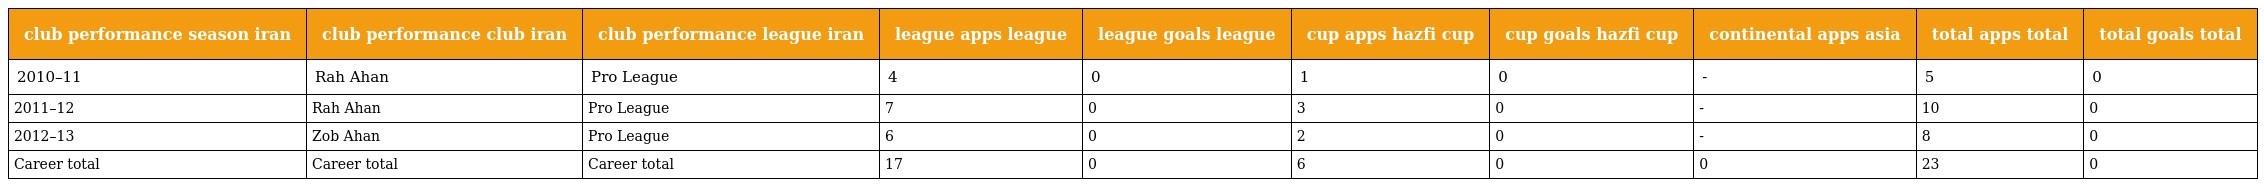
| club performance season iran | club performance club iran | club performance league iran | league apps league | league goals league | cup apps hazfi cup | cup goals hazfi cup | continental apps asia | total apps total | total goals total |
 | --- | --- | --- | --- | --- | --- | --- | --- | --- | --- |
 | 2010–11 | Rah Ahan | Pro League | 4 | 0 | 1 | 0 | - | 5 | 0 |
 | 2011–12 | Rah Ahan | Pro League | 7 | 0 | 3 | 0 | - | 10 | 0 |
 | 2012–13 | Zob Ahan | Pro League | 6 | 0 | 2 | 0 | - | 8 | 0 |
 | Career total | Career total | Career total | 17 | 0 | 6 | 0 | 0 | 23 | 0 |